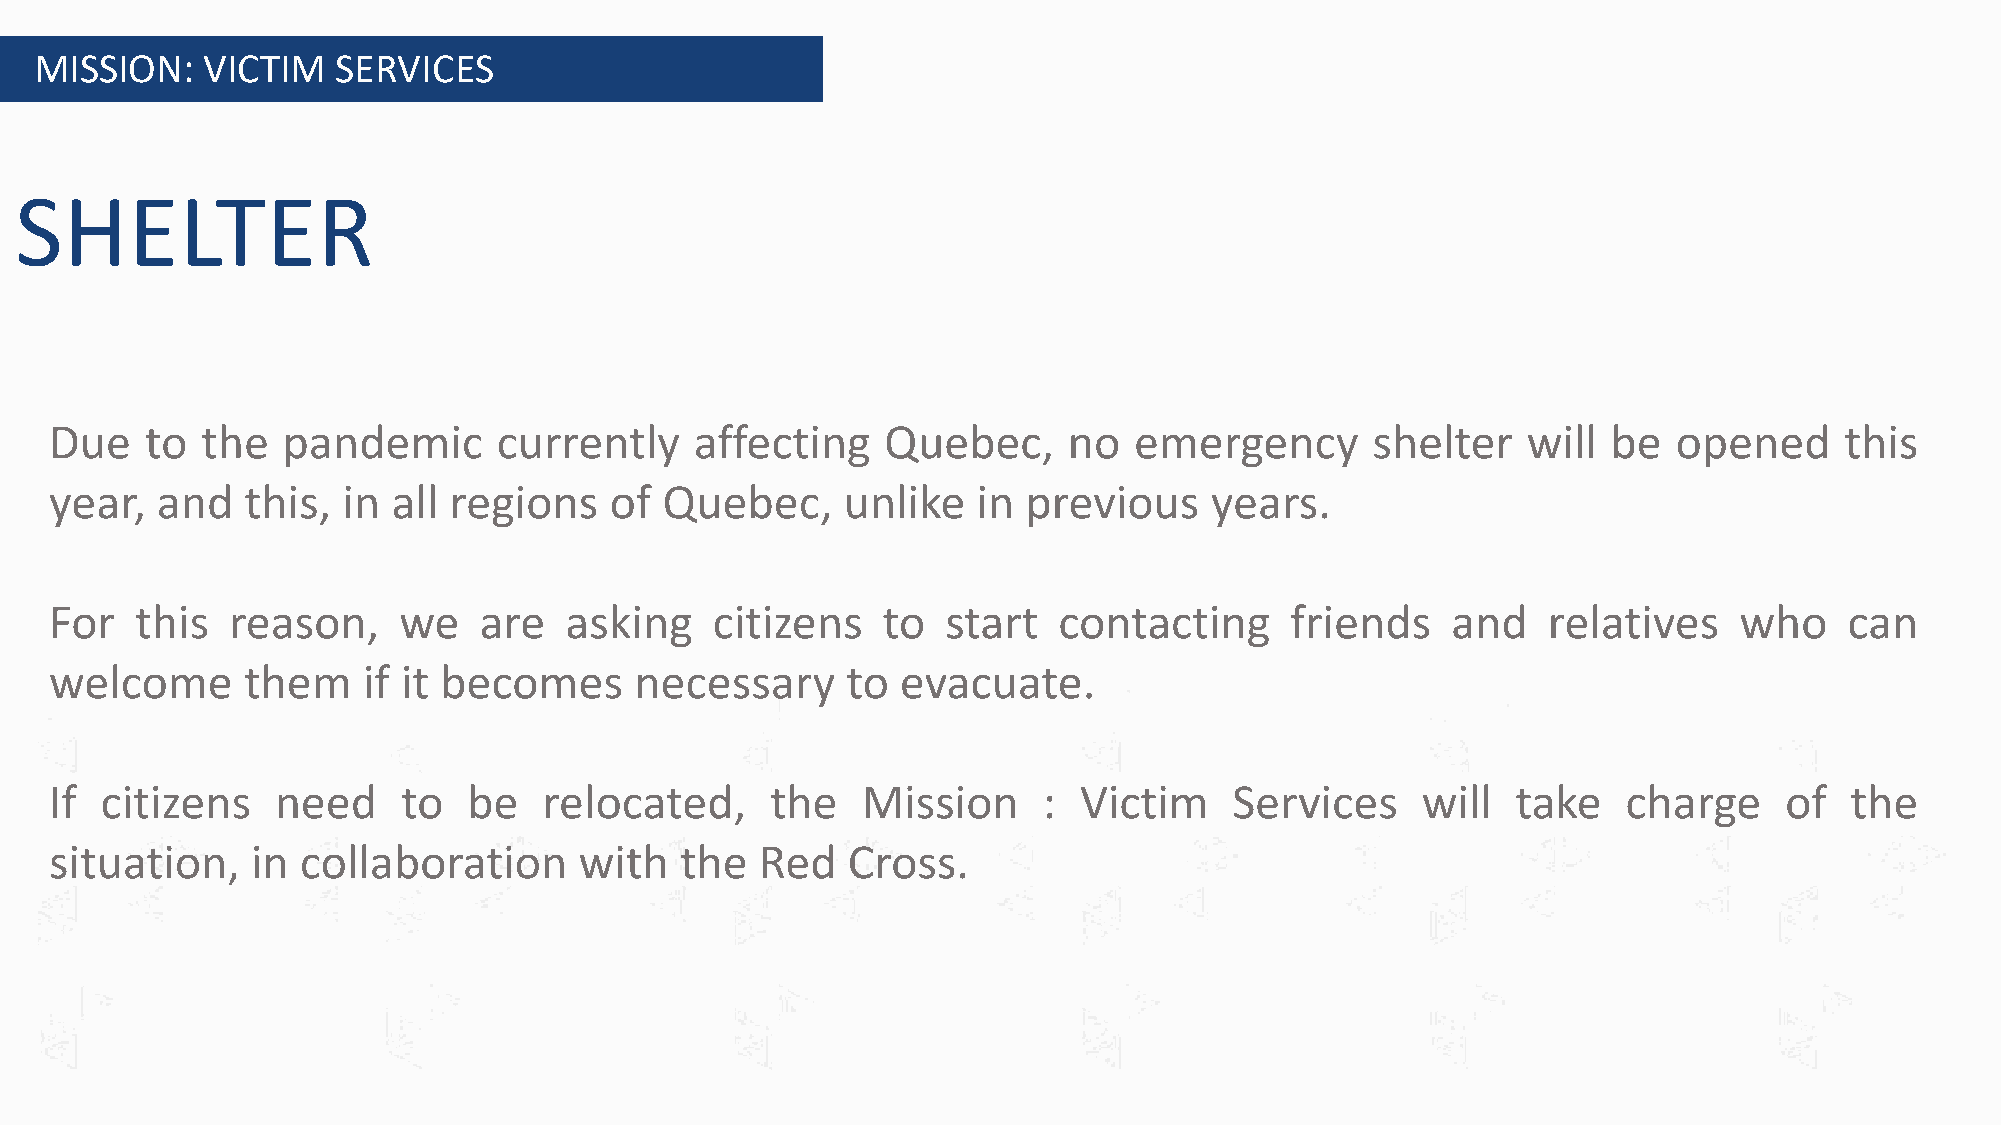
MISSION:   VICTIM   SERVICES
 SHELTER
 Due    to the   pandemic      currently    affecting    Quebec,     no  emergency       shelter   will  be  opened     this
 year,  and   this,  in all regions   of  Quebec,     unlike   in previous    years.
 For   this  reason,    we    are  asking    citizens   to   start  contacting     friends    and   relatives    who    can
 welcome      them    if it becomes     necessary     to  evacuate.
 If  citizens   need     to  be   relocated,     the   Mission     : Victim     Services    will  take    charge    of  the
 situation,    in collaboration     with   the  Red   Cross.